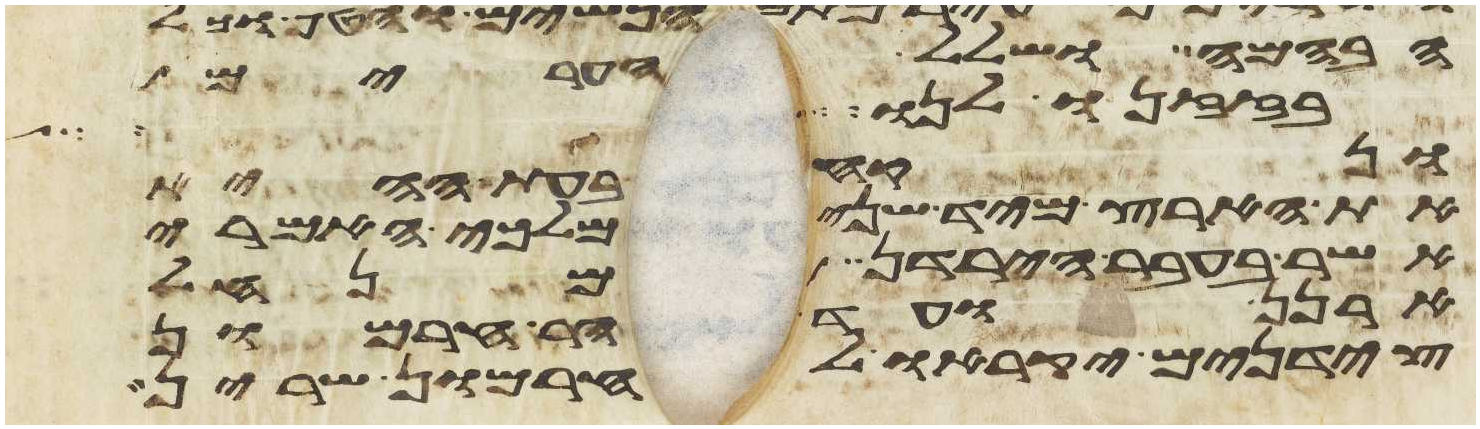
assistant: הבהמה ושלל הערים
בזזנו לנו
ונקח בעת ההיא
את הארץ מיד שני מלכי האמרי
אשר בעבר הירדן מנחל
ארנן ועד הר חרמון
צידנים יקראו לחרמון שרין